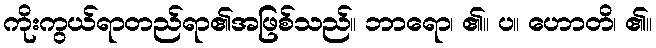
ကိုးကွယ်ရာတည်ရာ၏အဖြစ်သည်။ ဘာရော၊ ၏။ ပ။ ဟောတိ၊ ၏။